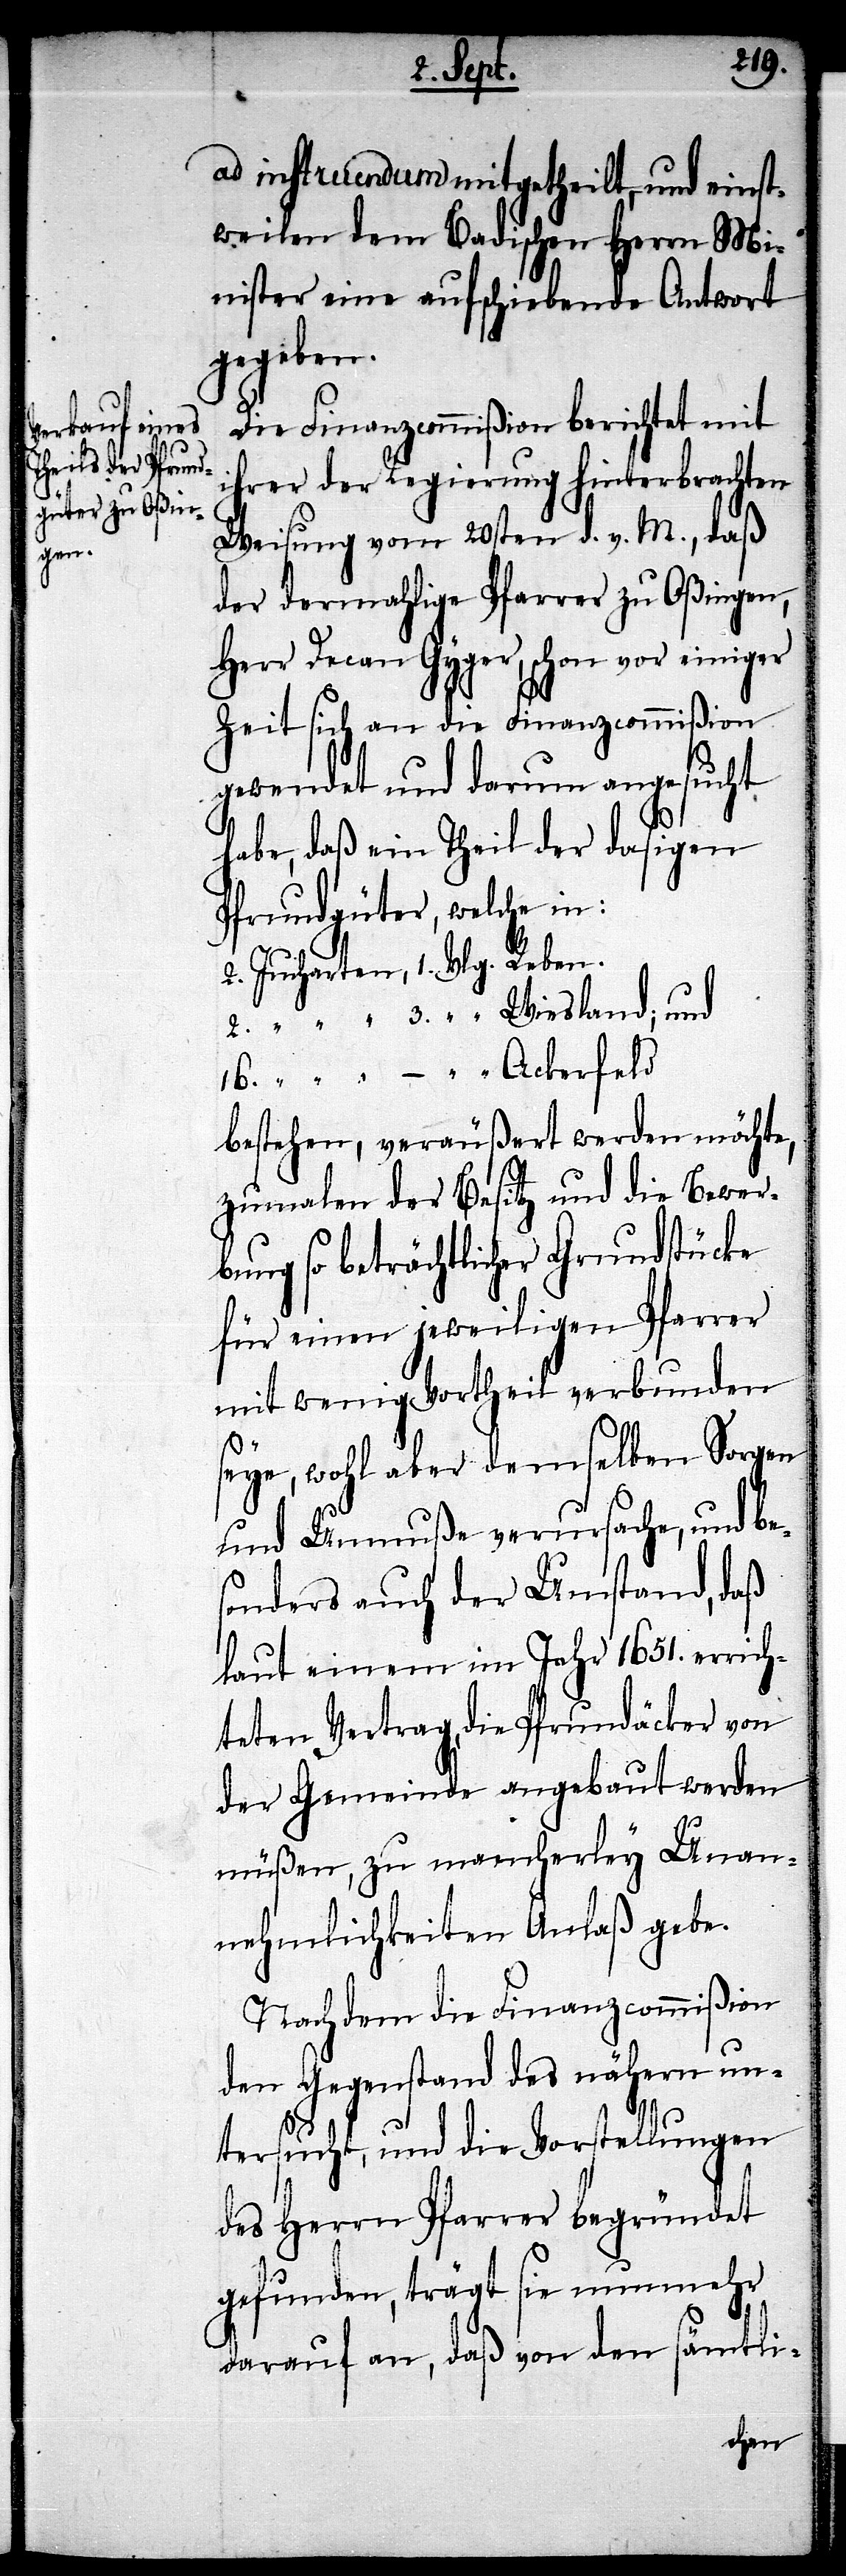
feld.

ad influendum mitgetheilt, und einst¬
weilen dem Badischen Herrn Mi¬
nister eine aufschiebende Antwort
gegeben.
Die Finanzcommißion berichtet mit
ihrer der Regierung hinterbrachten
Weisung vom 20sten d. v. M., daß
der dermahlige Pfarrer zu Oßingen,
Herr Decan Gyger, schon vor einiger
Zeit sich an die Finanzcommißion
gewendet und darum angesucht
habe, daß ein Theil der dasigen
Pfrundgüter, welche in:
16. Jucharten, –. Vlg. Acker¬
bestehen, veräußert werden möchte,
zumalen der Besitz und die Bewer¬
bung so beträchtlicher Grundstücke
für einen jeweiligen Pfarrer
mit wenig Vortheil verbunden
seye, wohl aber demselben Sorgen
und Unmuße verursache, und be¬
sonders auch der Umstand, daß
laut einem im Jahr 1651. errich¬
teten Vertrag, die Pfrundäcker von
der Gemeinde angebaut werden
müßen, zu mancherley Unan¬
nehmlichkeiten Anlaß gebe.
Nach dem die Finanzcommißion
den Gegenstand des nähern un¬
tersucht, und die Vorstellungen
des Herrn Pfarrer begründet
gefunden, trägt sie nunmehr
darauf an, daß von den sämtli-